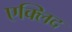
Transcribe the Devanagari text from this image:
एक्लिद